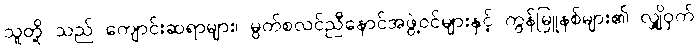
သူတို့ သည် ကျောင်းဆရာများ၊ မွတ်စလင်ညီနောင်အဖွဲ့ဝင်များနှင့် ကွန်မြူနစ်များ၏ လျှို့ဝှက်